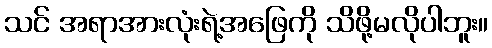
သင် အရာအားလုံးရဲ့အဖြေကို သိဖို့မလိုပါဘူး။